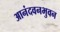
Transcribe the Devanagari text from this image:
आनंदवनभुवन